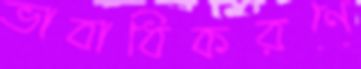
ভাবাধিকরণে